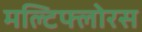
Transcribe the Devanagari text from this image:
मल्टिफ्लोरस